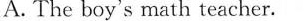
A.The boy's math teacher.